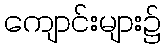
ကျောင်းများ၌